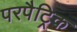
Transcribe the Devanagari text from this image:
परपैट्रिक